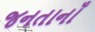
જનતાનાઁ